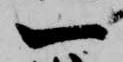
一